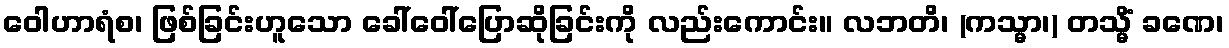
ဝေါဟာရံစ၊ ဖြစ်ခြင်းဟူသော ခေါ်ဝေါ်ပြောဆိုခြင်းကို လည်းကောင်း။ လဘတိ၊ (ကသ္မာ၊) တသ္မိံ ခဏေ၊